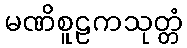
မဏိစူဠကသုတ္တံ